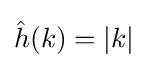
{\hat {h}}(k)=|k|